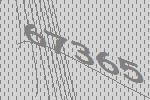
67365